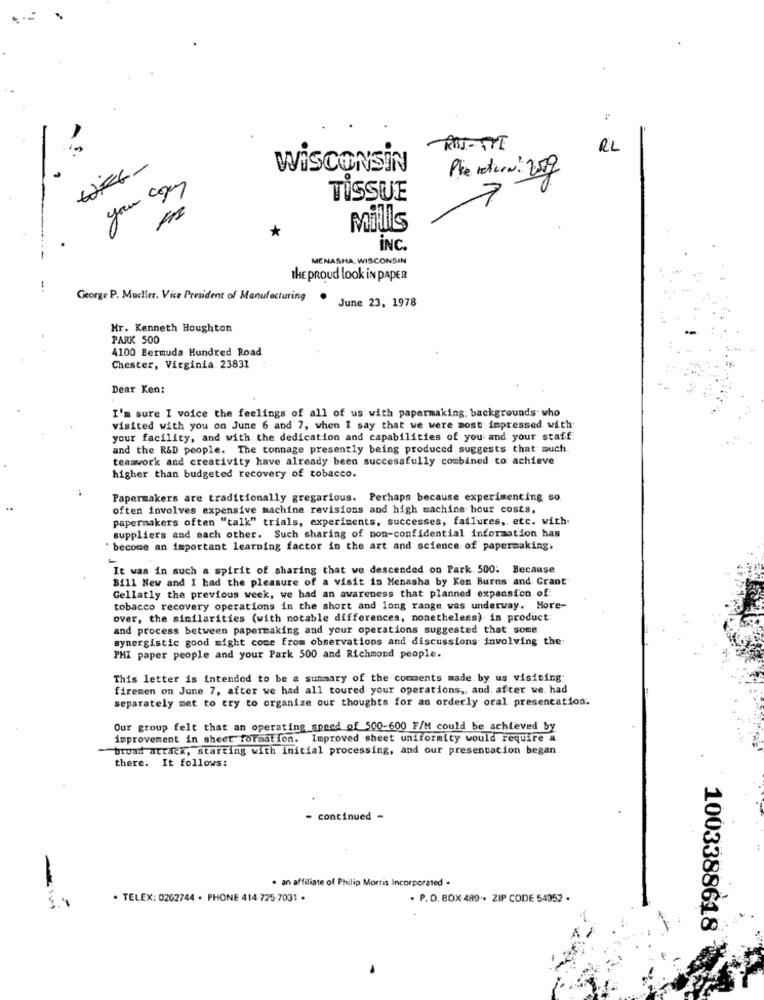
RL
WFG-
WISCONSIN
Phe retien: 2019
TISSUE
7
*
Mills
INC.
MENASHA, WISCONSIN
THE proud look in PAPER
George P. Mueller, Vice President of Manufacturing .
June 23, 1978
Mr. Kenneth Houghton
PARK 500
4100 Bermuda Hundred Road
Chester, Virginia 23831
Dear Ken:
I'm sure I voice the feelings of all of us with papermaking; backgrounds' who
visited with you on June 6 and 7, when I say that we were most impressed with
your facility, and with the dedication and capabilities of you and your staff
and the R&D people. The tonnage presently being produced suggests that auch.
teamwork and creativity have already been successfully combined to achieve
higher than budgeted recovery of tobacco.
Papermakers are traditionally gregarious. Perhaps because experimenting so.
often involves expensive machine revisions and high machine hour costs.
papermakers often "talk" trials, experiments, successes, failures, etc. with.
suppliers and each other. Such sharing of non-confidential information has
' become an important learning factor in the art and science of papermaking.
It was in such a spirit of sharing that we descended on Park. 500: Because
Bill New and I had the pleasure of a visit in Menasha by Ken Burns and Grant
Gellatly the previous week, we had an awareness that planned expansion of
tobacco recovery operations in the short and long range was underway. More-
over, the similarities (with notable differences, nonetheless) in product:
and process between papermaking and your operations suggested that some
synergistic good might come from observations and discussions involving the-
PHI paper people and your Park 500 and Richmond people.
This letter is intended to be a summary of the comments made by us visiting:
firemen on June 7, after we had all toured your operations ,, and, after we had
separately met to try to organize our thoughts for an orderly oral presentation.
Our group felt that an operating speed of 500-600 F/M could be achieved by
improvement in sheet formation. Improved sheet uniformity would require a
broad attack, starting with initial processing, and our presentation began.
there. It follows:
- continued -
. an affiliate of Philip Morris Incorporated .
$.1
· TELEX: 0262744 · PHONE 414-725 7031 ·
. P.O. 80X 489 ·· ZIP CODE 54352 .
-
1003388618